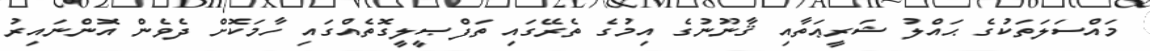
މައްސަލަތަކުގެ ޙައްލު ޝަރީޢަތާއި ޤާނޫނުގެ އިމުގެ ތެރޭގައި ތަފްޞީލީގޮތެއްގައި ހާމަކޮށް ދެވެން އޮންނައިރު